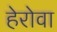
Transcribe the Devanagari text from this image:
हेरोवा